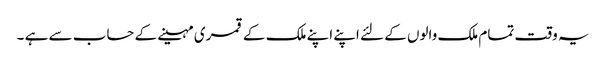
یہ وقت تمام ملک والوں کے لئے اپنے اپنے ملک کے قمری مہینے کے حساب سے ہے ۔